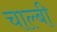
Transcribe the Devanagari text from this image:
चाल्बी